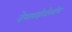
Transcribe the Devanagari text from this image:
देशाबाहेरदेखील